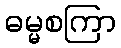
ဓမ္မစကြာ